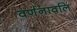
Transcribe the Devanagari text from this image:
वर्णनावलि